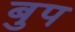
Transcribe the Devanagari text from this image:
बुप